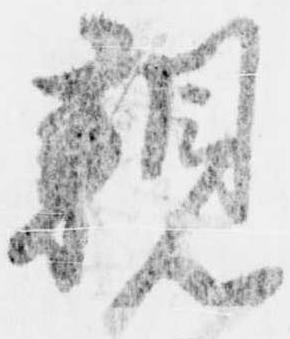
親